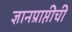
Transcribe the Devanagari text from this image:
ज्ञानप्राप्तीची